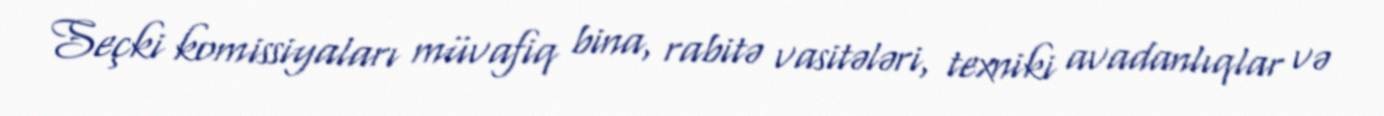
Seçki komissiyaları müvafiq bina, rabitə vasitələri, texniki avadanlıqlar və